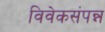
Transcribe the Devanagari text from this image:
विवेकसंपन्न